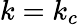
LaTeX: k=k_{c}